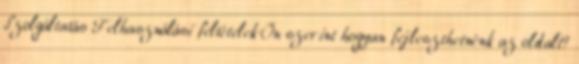
Szolgáltatás Felhasználási feltételek Ön szerint hogyan fejleszthetnénk az oldalt?